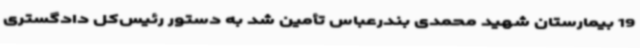
19 بیمارستان شهید محمدی بندرعباس تأمین شد به دستور رئیس‌کل دادگستری